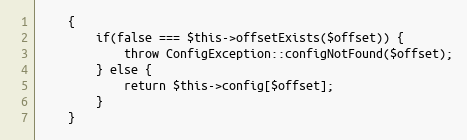
Language: PHP
    {
        if(false === $this->offsetExists($offset)) {
            throw ConfigException::configNotFound($offset);
        } else {
            return $this->config[$offset];
        }
    }